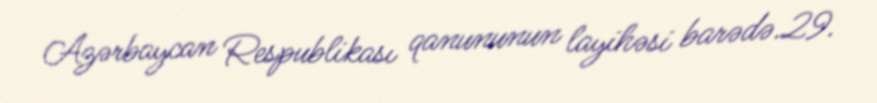
Azərbaycan Respublikası qanununun layihəsi barədə.29.